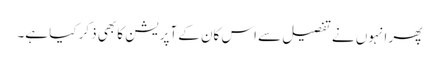
پھر انہوں نے تفصیل سے اس کان کے آپریشن کا بھی ذکر کیا ہے۔